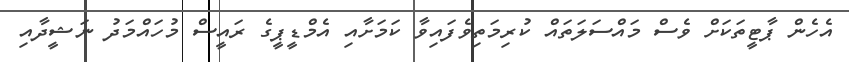
އެހެން ޕާޓީތަކަށް ވެސް މައްސަލަތައް ކުރިމަތިވެފައިވާ ކަމަށާއި އެމްޑީޕީގެ ރައީސް މުހައްމަދު ނަޝީދާއި